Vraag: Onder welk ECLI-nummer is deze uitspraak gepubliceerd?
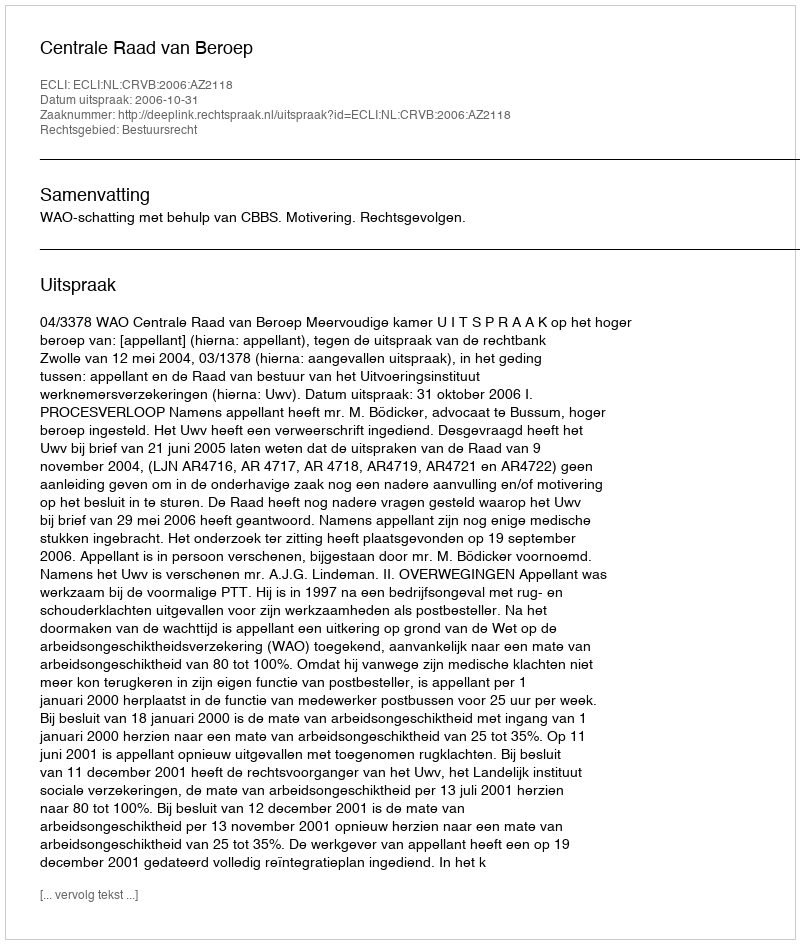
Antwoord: ECLI:NL:CRVB:2006:AZ2118